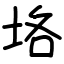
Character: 垎